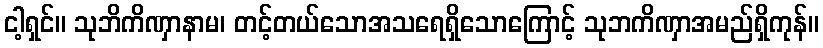
ငါ့ရှင်။ သုဘိကိဏှာနာမ၊ တင့်တယ်သောအသရေရှိသောကြောင့် သုဘကိဏှာအမည်ရှိကုန်။